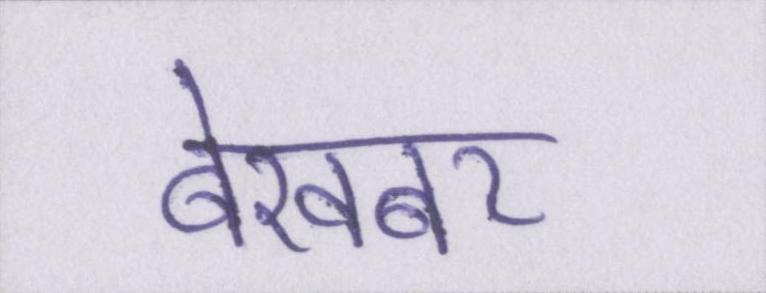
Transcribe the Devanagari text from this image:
बेखबर